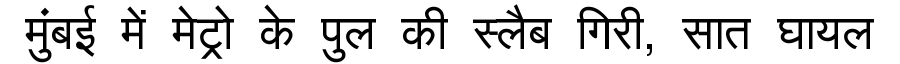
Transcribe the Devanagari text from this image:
मुंबई में मेट्रो के पुल की स्लैब गिरी, सात घायल